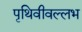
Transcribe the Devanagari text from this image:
पृथिवीवल्लभ